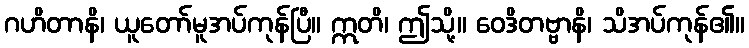
ဂဟိတာနိ၊ ယူတော်မူအပ်ကုန်ပြီ။ ဣတိ၊ ဤသို့။ ဝေဒိတဗ္ဗာနိ၊ သိအပ်ကုန်၏။